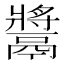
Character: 𩱑